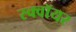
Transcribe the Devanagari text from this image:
स्क्वॉयर